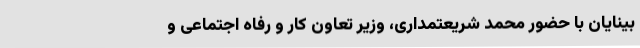
بینایان با حضور محمد شریعتمداری، وزیر تعاون کار و رفاه اجتماعی و